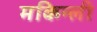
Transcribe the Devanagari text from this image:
मकिन्ली